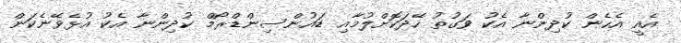
އެއީ އެހެން ކުދިންނާ އެކު ވަގުތު ހޭދަކޮށްލުމާއި ޑައުންސިންޑްރޯމް ކުދިންނާ އެކު އުޅެވޭނެކަން